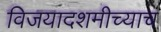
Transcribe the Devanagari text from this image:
विजयादशमीच्याच